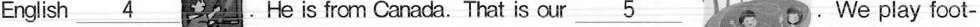
English\underline{4} .He is fram Canada.That is our\underline{5}.We play foot-